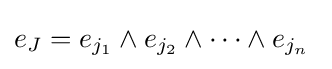
e_{J}=e_{j_{1}}\wedge e_{j_{2}}\wedge \cdots \wedge e_{j_{n}}\